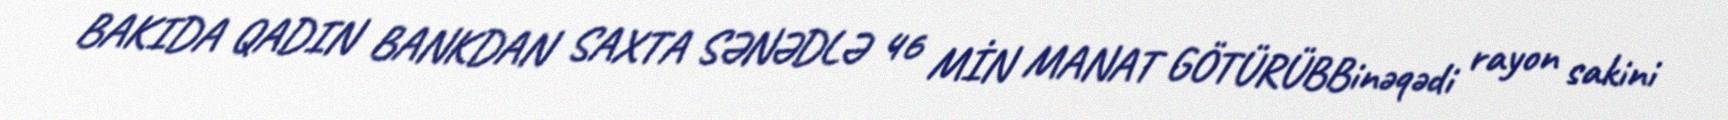
BAKIDA QADIN BANKDAN SAXTA SƏNƏDLƏ 46 MİN MANAT GÖTÜRÜBBinəqədi rayon sakini